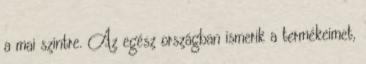
a mai szintre. Az egész országban ismerik a termékeimet,